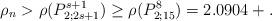
LaTeX: \begin{align*}\rho_n> \rho(P_{2;2s+1}^{s+1}) \geq \rho(P_{2;15}^8) = 2.0904+.\end{align*}